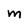
Character: M